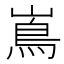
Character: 嶌